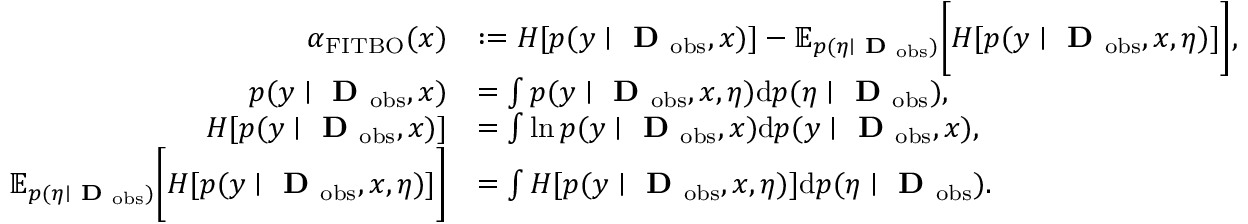
\begin{array} { r l } { \alpha _ { \mathrm { F I T B O } } ( x ) } & { : = H [ p ( y \mid \textbf { D } _ { \mathrm { o b s } } , x ) ] - \mathbb { E } _ { p ( \eta \mid \textbf { D } _ { \mathrm { o b s } } ) } \bigg [ H [ p ( y \mid \textbf { D } _ { \mathrm { o b s } } , x , \eta ) ] \bigg ] , } \\ { p ( y \mid \textbf { D } _ { \mathrm { o b s } } , x ) } & { = \int p ( y \mid \textbf { D } _ { \mathrm { o b s } } , x , \eta ) \mathrm { d } p ( \eta \mid \textbf { D } _ { \mathrm { o b s } } ) , } \\ { H [ p ( y \mid \textbf { D } _ { \mathrm { o b s } } , x ) ] } & { = \int \ln p ( y \mid \textbf { D } _ { \mathrm { o b s } } , x ) \mathrm { d } p ( y \mid \textbf { D } _ { \mathrm { o b s } } , x ) , } \\ { \mathbb { E } _ { p ( \eta \mid \textbf { D } _ { \mathrm { o b s } } ) } \bigg [ H [ p ( y \mid \textbf { D } _ { \mathrm { o b s } } , x , \eta ) ] \bigg ] } & { = \int H [ p ( y \mid \textbf { D } _ { \mathrm { o b s } } , x , \eta ) ] \mathrm { d } p ( \eta \mid \textbf { D } _ { \mathrm { o b s } } ) . } \end{array}